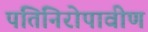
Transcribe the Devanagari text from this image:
पतिनिरोपावीण